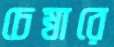
চেম্বারে